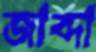
জাব্দা